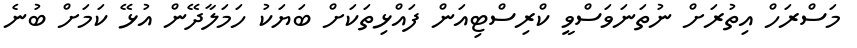
މަސްރަހް އިތުރަށް ނުތަނަވަސްވީ ކްރިސްޓިއަން ފައްޅިތަކަށް ބަޔަކު ހަމަލާދޭން އުޅޭ ކަމަށް ބުނެ